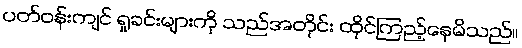
ပတ်ဝန်းကျင် ရှုခင်းများကို သည်အတိုင်း ထိုင်ကြည့်နေမိသည်။